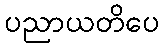
ပညာယတိပေ